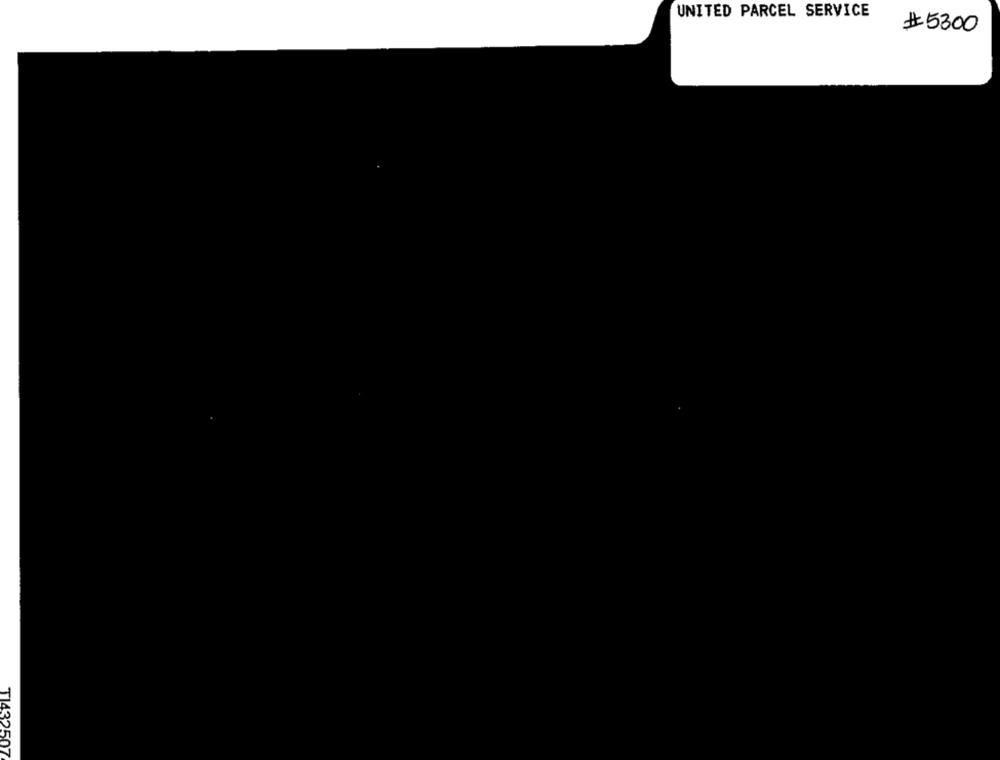
UNITED PARCEL SERVICE
#5300
TI432507